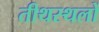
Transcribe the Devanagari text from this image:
तीथस्थलों